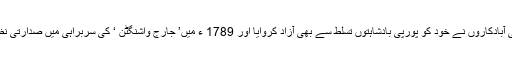
امریکہ میں پورپی آبادکاروں نے خود کو پورپی بادشاہتوں تسلط سے بھی آزاد کروایا اور 1789 ء میں’ جارج واشنگٹن ‘ کی سربراہی میں صدارتی نظام کی بنیاد ڈالی ۔